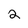
Character: 2